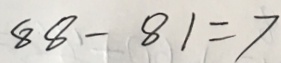
8 8 - 8 1 = 7